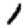
Digit: 1